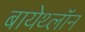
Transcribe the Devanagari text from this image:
बायेथ्लॉन